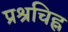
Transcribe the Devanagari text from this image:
प्रश्रचिह्न